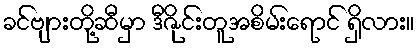
ခင်ဗျားတို့ဆီမှာ ဒီဇိုင်းတူအစိမ်းရောင် ရှိလား။